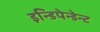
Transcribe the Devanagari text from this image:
इन्डिपेन्डेन्ट